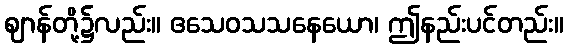
ဈာန်တို့၌လည်း။ ဧသေဝသသနေယော၊ ဤနည်းပင်တည်း။